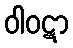
ဝါဝဋာ